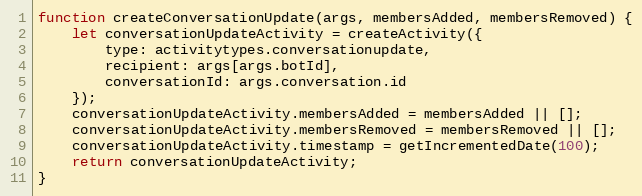
Language: JavaScript
function createConversationUpdate(args, membersAdded, membersRemoved) {
    let conversationUpdateActivity = createActivity({
        type: activitytypes.conversationupdate,
        recipient: args[args.botId],
        conversationId: args.conversation.id
    });
    conversationUpdateActivity.membersAdded = membersAdded || [];
    conversationUpdateActivity.membersRemoved = membersRemoved || [];
    conversationUpdateActivity.timestamp = getIncrementedDate(100);
    return conversationUpdateActivity;
}